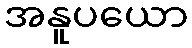
အနူပယော